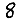
Digit: 8